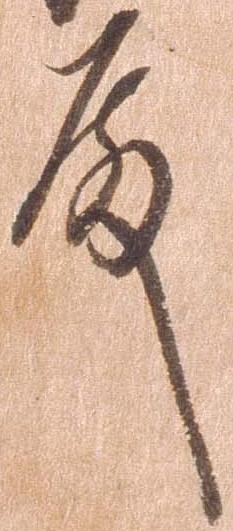
殿